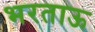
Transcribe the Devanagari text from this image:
भरताऊ